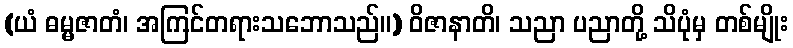
(ယံ ဓမ္မဇာတံ၊ အကြင်တရားသဘောသည်။) ဝိဇာနာတိ၊ သညာ ပညာတို့ သိပုံမှ တစ်မျိုး